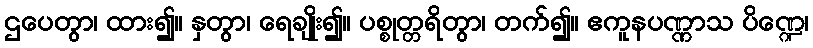
ဌပေတွာ၊ ထား၍။ နှတွာ၊ ရေချိုး၍။ ပစ္စုတ္တရိတွာ၊ တက်၍။ ဧကူနပဏ္ဏာသ ပိဏ္ဍေ၊